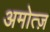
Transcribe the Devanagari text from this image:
अमोत्ज़